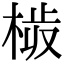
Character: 𣗀